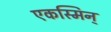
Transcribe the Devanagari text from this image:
एकस्मिन्